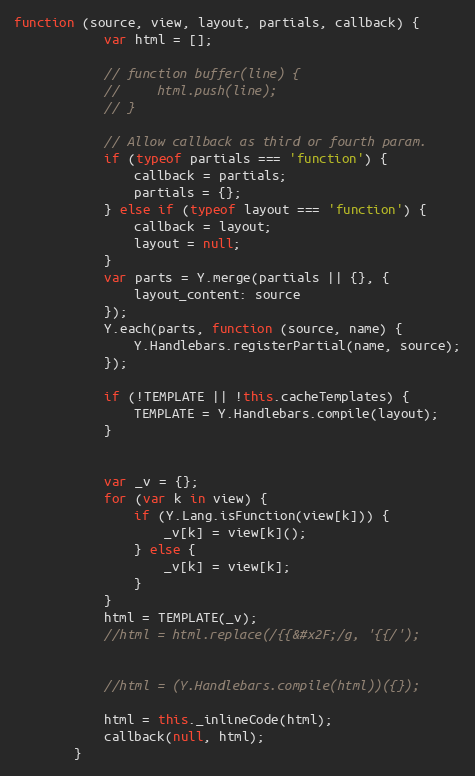
Language: JavaScript
function (source, view, layout, partials, callback) {
            var html = [];

            // function buffer(line) {
            //     html.push(line);
            // }

            // Allow callback as third or fourth param.
            if (typeof partials === 'function') {
                callback = partials;
                partials = {};
            } else if (typeof layout === 'function') {
                callback = layout;
                layout = null;
            }
            var parts = Y.merge(partials || {}, {
                layout_content: source
            });
            Y.each(parts, function (source, name) {
                Y.Handlebars.registerPartial(name, source);
            });

            if (!TEMPLATE || !this.cacheTemplates) {
                TEMPLATE = Y.Handlebars.compile(layout);
            }

            var _v = {};
            for (var k in view) {
                if (Y.Lang.isFunction(view[k])) {
                    _v[k] = view[k]();
                } else {
                    _v[k] = view[k];
                }
            }
            html = TEMPLATE(_v);
            //html = html.replace(/{{&#x2F;/g, '{{/');

            //html = (Y.Handlebars.compile(html))({});

            html = this._inlineCode(html);
            callback(null, html);
        }